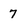
Character: 7